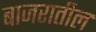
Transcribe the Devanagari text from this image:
बाजरातील